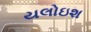
યલોઇશ